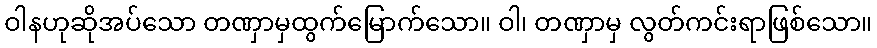
ဝါနဟုဆိုအပ်သော တဏှာမှထွက်မြောက်သော။ ဝါ၊ တဏှာမှ လွတ်ကင်းရာဖြစ်သော။